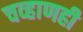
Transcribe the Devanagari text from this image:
चव्हाणही